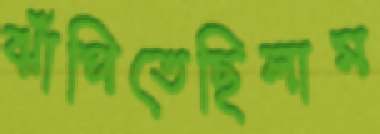
ঝাঁপিতেছিলাম